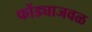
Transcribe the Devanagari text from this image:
फोंड्याजवळ